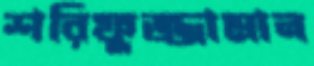
শরিফুজ্জামান